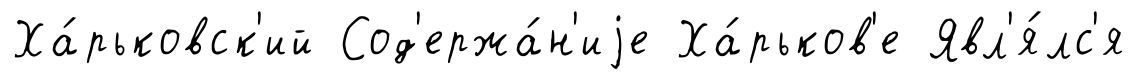
Ха́рьковск'ий Сод'ержа́н'иjе Ха́рьков'е Явл'я́лс'я